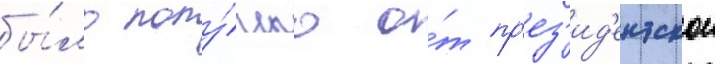
бы́ло полу́чено о́т пр'ез'ид'ентскои